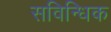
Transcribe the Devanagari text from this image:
सविन्धिक